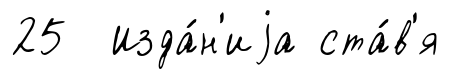
25 Изда́н'иjа ста́в'я